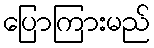
ပြောကြားမည်